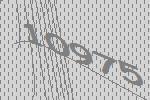
10975